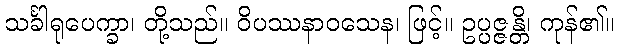
သင်္ခါရုပေက္ခာ၊ တို့သည်။ ဝိပဿနာဝသေန၊ ဖြင့်။ ဥပ္ပဇ္ဇန္တိ၊ ကုန်၏။